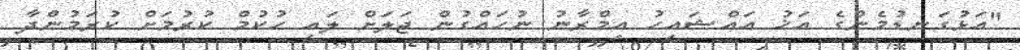
"އަޅުގަނޑުމެންގެ އަޚު އައްޝައިހު އިމްރާނު ނުހައްގުން ޖަލަށް ލައި ހުކުމް ކުރުމަށް ކުރަމުންދާ